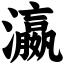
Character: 瀛